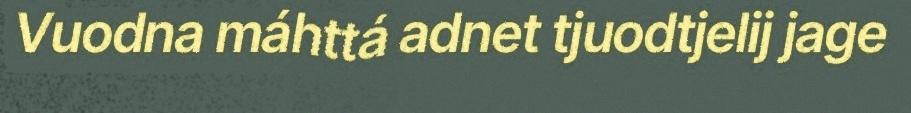
Vuodna máhttá adnet tjuodtjelij jage